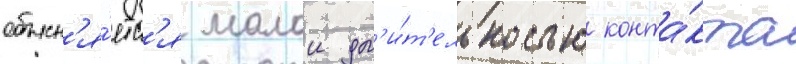
объясн'я́етс'я малои дл'и́т'ельностью конта́кта